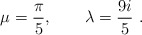
\begin{align*}\mu={\pi\over5},\qquad \lambda={9i\over5}\ . \end{align*}